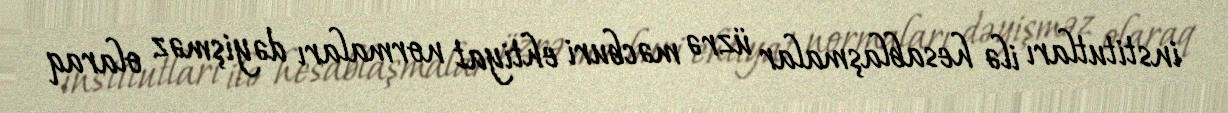
institutları ilə hesablaşmalar üzrə məcburi ehtiyat normaları dəyişməz olaraq